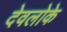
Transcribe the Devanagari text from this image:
देवलोके